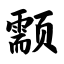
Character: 颥